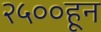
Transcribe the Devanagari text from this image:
२५००हून